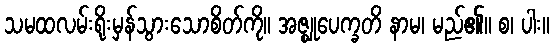
သမထလမ်းရိုးမှန်သွားသောစိတ်ကို။ အဇ္ဈုပေက္ခတိ နာမ၊ မည်၏။ စ၊ ပါး။